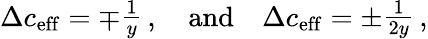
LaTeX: \Delta c_{\mathrm{{eff}}}=\mp\begin{array}{c}{{\frac{1}{y}}}\end{array}\, ,\quad\mathrm{and}\quad\Delta c_{\mathrm{{eff}}}=\pm\begin{array}{c}{{\frac{1}{2y}}}\end{array}\, ,